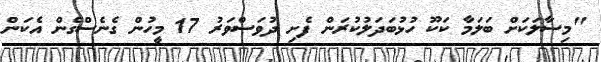
"މިސާލަކަށް ބަލަމާ ކަކޫ ހުޅުބަދަލުކުރަން ފެށި ދުވަސްވަރު 17 މީހުން ގެނެސްގެން އެކަން